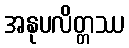
အနုပလိတ္တဿ